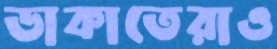
ডাকাতেরাও